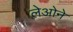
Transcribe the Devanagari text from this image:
लेओने